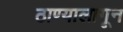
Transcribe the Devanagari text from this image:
ठाण्यालागून